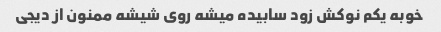
خوبه یکم نوکش زود سابیده میشه روی شیشه ممنون از دیجی